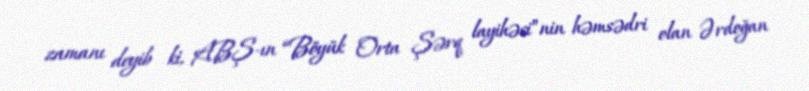
zamanı deyib ki, ABŞ-ın “Böyük Orta Şərq layihəsi”nin həmsədri olan Ərdoğan